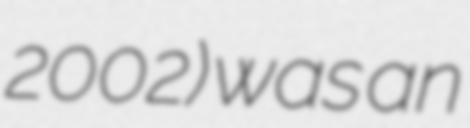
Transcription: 2002) was an